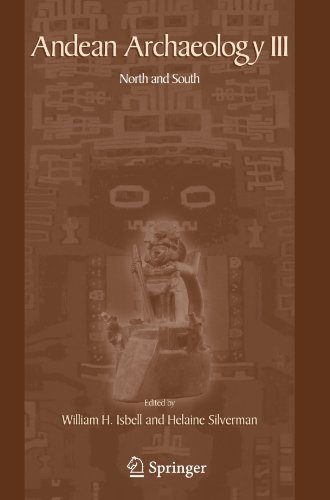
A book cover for Andean Archaeology III: North and South; History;